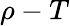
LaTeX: \rho-T